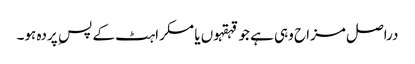
دراصل مزاح وہی ہے جو قہقہوں یا مسکراہٹ کے پس ِ پردہ ہو۔